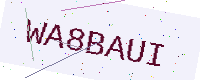
Text: WA8BAUI